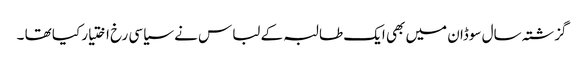
گزشتہ سال سوڈان میں بھی ایک طالبہ کے لباس نے سیاسی رخ اختیار کیا تھا ۔